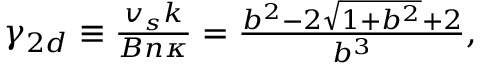
\begin{array} { r } { \gamma _ { 2 d } \equiv \frac { v _ { s } k } { B n \kappa } = \frac { b ^ { 2 } - 2 \sqrt { 1 + b ^ { 2 } } + 2 } { b ^ { 3 } } , } \end{array}